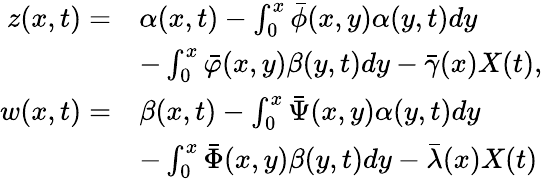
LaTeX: \begin{array}{rl}{z(x,t)=}&{\alpha(x,t)-\int_{0}^{x}{\bar{\phi}}(x,y)\alpha(y,t)dy}\\ &{-\int_{0}^{x}{\bar{\varphi}}(x,y)\beta(y,t)dy-\bar{\gamma}(x){X}(t),}\\ {w(x,t)=}&{\beta(x,t)-\int_{0}^{x}{\bar{\Psi}}(x,y)\alpha(y,t)dy}\\ &{-\int_{0}^{x}{\bar{\Phi}}(x,y)\beta(y,t)dy-\bar{\lambda}(x){X}(t)}\end{array}